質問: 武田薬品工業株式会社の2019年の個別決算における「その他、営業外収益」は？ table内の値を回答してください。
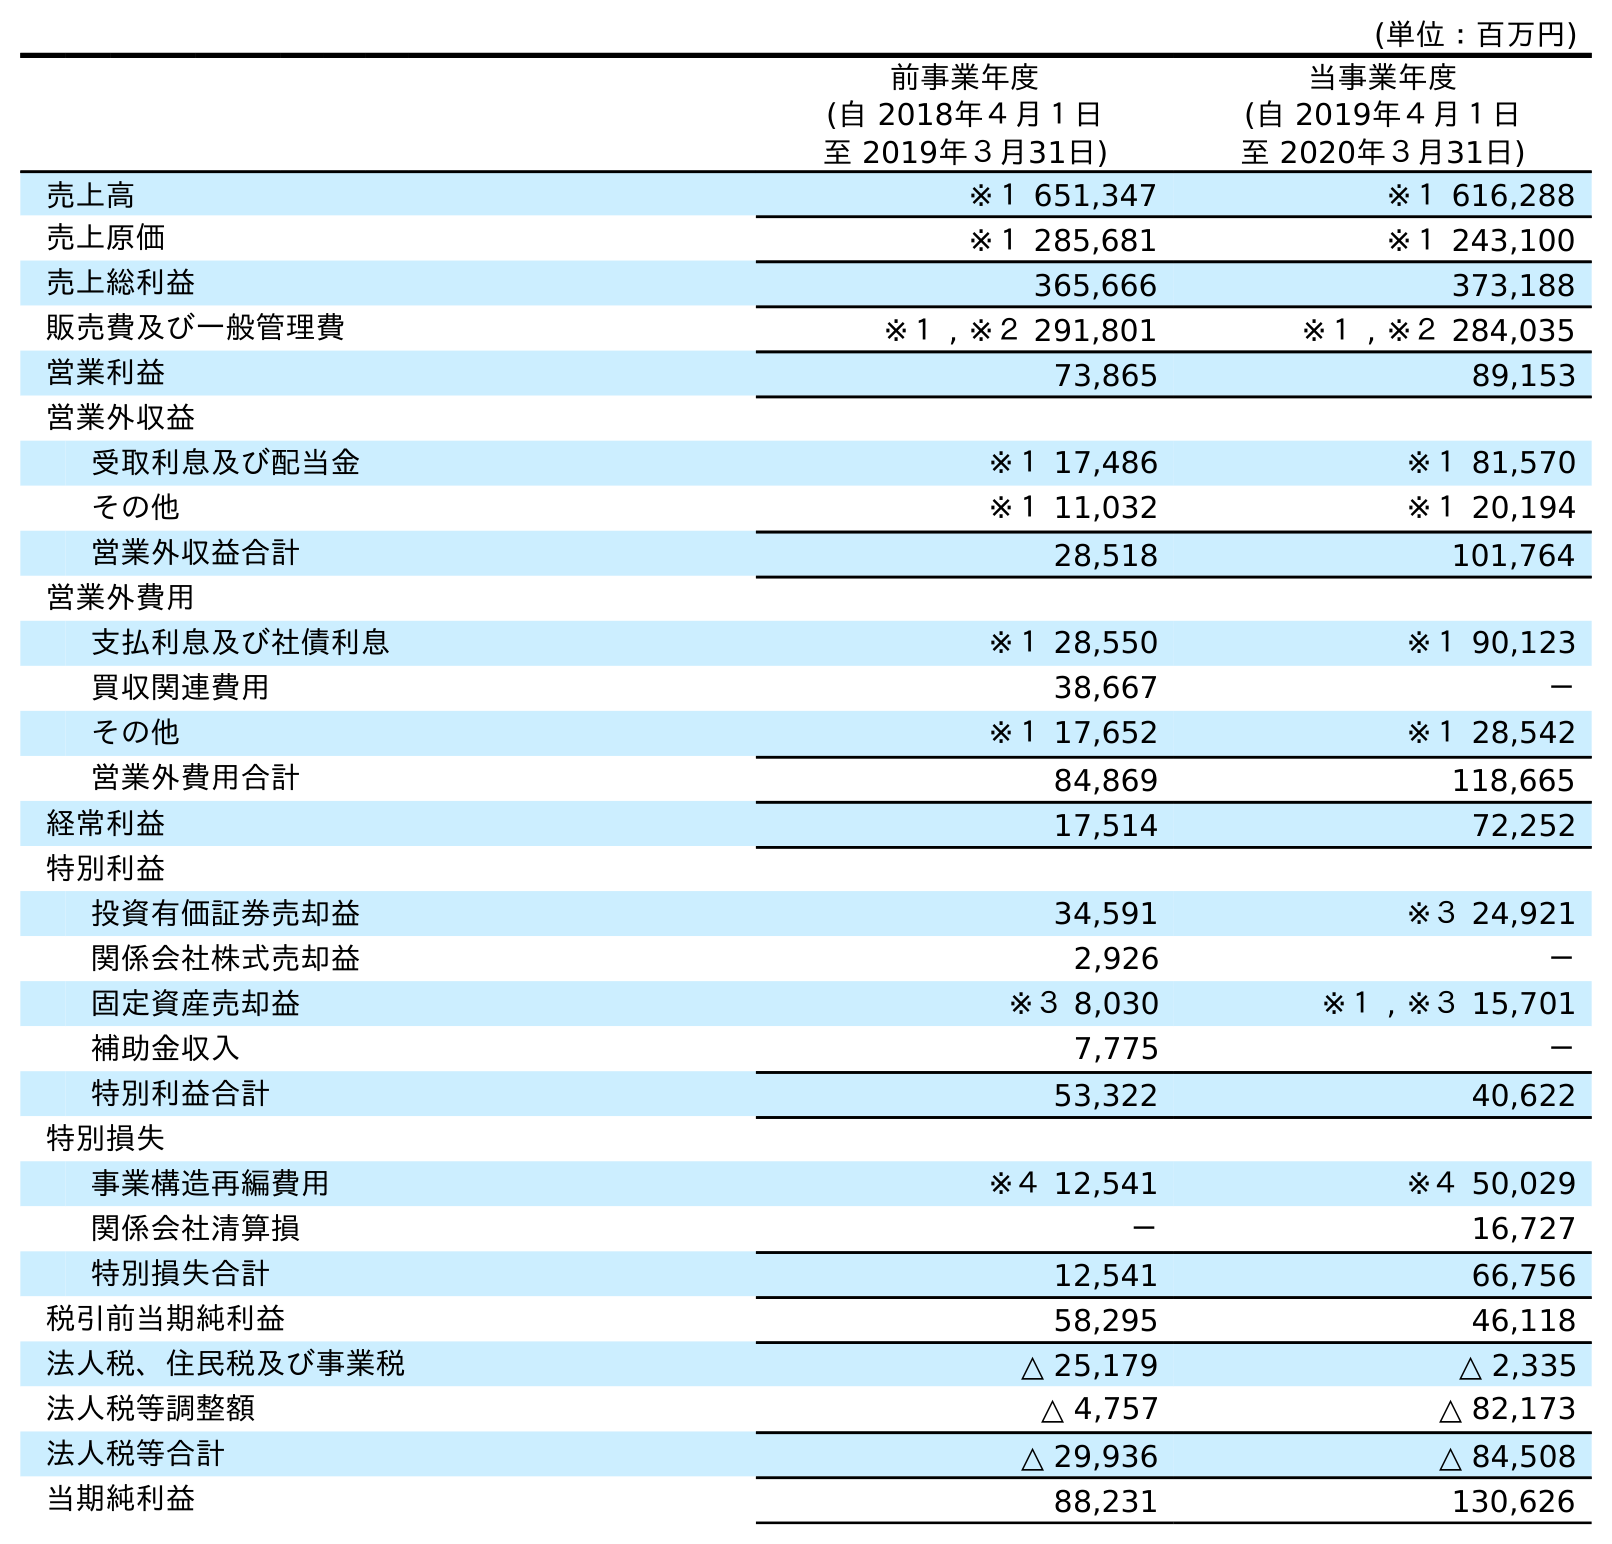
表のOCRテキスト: (単位：百万円) 前事業年度 (自 2018年４月１日 至 2019年３月31日) 当事業年度 (自 2019年４月１日 至 2020年３月31日) 売上高 ※１ 651,347 ※１ 616,288 売上原価 ※１ 285,681 ※１ 243,100 売上総利益 365,666 373,188 販売費及び一般管理費 ※１ , ※２ 291,801 ※１ , ※２ 284,035 営業利益 73,865 89,153 営業外収益 受取利息及び配当金 ※１ 17,486 ※１ 81,570 その他 ※１ 11,032 ※１ 20,194 営業外収益合計 28,518 101,764 営業外費用 支払利息及び社債利息 ※１ 28,550 ※１ 90,123 買収関連費用 38,667 － その他 ※１ 17,652 ※１ 28,542 営業外費用合計 84,869 118,665 経常利益 17,514 72,252 特別利益 投資有価証券売却益 34,591 ※３ 24,921 関係会社株式売却益 2,926 － 固定資産売却益 ※３ 8,030 ※１ , ※３ 15,701 補助金収入 7,775 － 特別利益合計 53,322 40,622 特別損失 事業構造再編費用 ※４ 12,541 ※４ 50,029 関係会社清算損 － 16,727 特別損失合計 12,541 66,756 税引前当期純利益 58,295 46,118 法人税、住民税及び事業税 △ 25,179 △ 2,335 法人税等調整額 △ 4,757 △ 82,173 法人税等合計 △ 29,936 △ 84,508 当期純利益 88,231 130,626
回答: ※１11,032